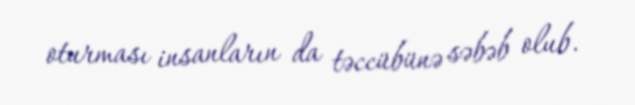
oturması insanların da təccübünə səbəb olub.